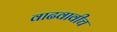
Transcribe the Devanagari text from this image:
वाढवावीच